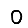
Digit: 0